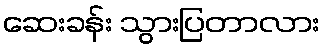
ဆေးခန်း သွားပြတာလား